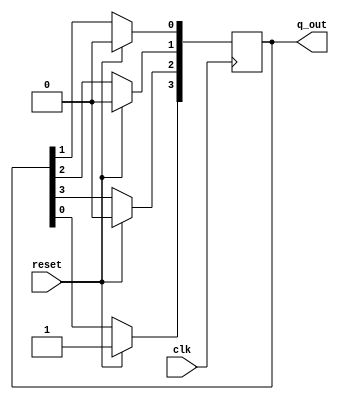
`timescale 1ns / 1ps

module Ring_counter(
    input clk,reset,
    output [3:0] q_out
    );
    
    reg[3:0]q_temp;
    integer i;
    always@(posedge clk) begin
    if(reset==1'b0) begin
    q_temp[3]<=q_temp[0];

    for(i=3;i>=0;i=i-1) begin
    q_temp[i-1]<=q_temp[i];
   end
    end
    else 
    q_temp<=4'b1000;
   
    end
    
    assign q_out=q_temp;
    
endmodule